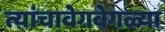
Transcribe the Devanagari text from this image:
त्यांचावेगवेगळ्या